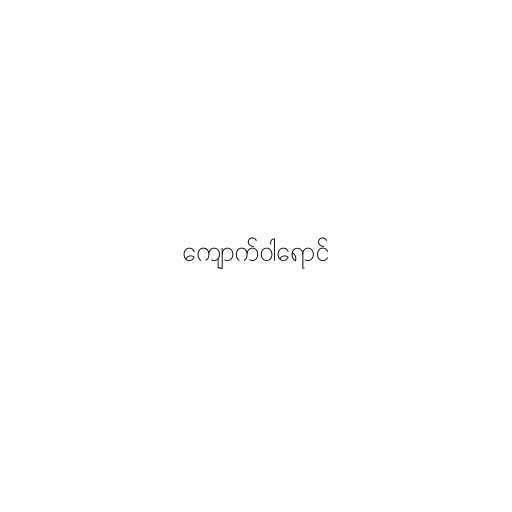
ကျောက်ဝါရောင်